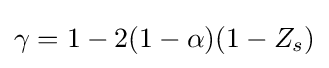
\gamma =1-2(1-\alpha )(1-Z_{s})